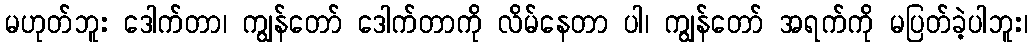
မဟုတ်ဘူး ဒေါက်တာ၊ ကျွန်တော် ဒေါက်တာကို လိမ်နေတာ ပါ၊ ကျွန်တော် အရက်ကို မပြတ်ခဲ့ပါဘူး၊